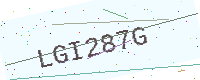
Text: LGI287G